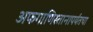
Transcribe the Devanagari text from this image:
अफगाणिस्तानापर्यंतचा